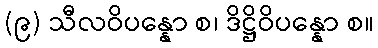
(၉) သီလဝိပန္နော စ၊ ဒိဋ္ဌိဝိပန္နော စ။